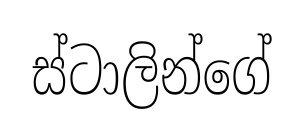
ස්ටාලින්ගේ